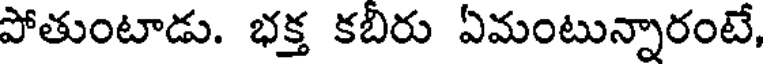
పోతుంటాడు. భక్త కబిరు ఏమంటున్నారంటే,